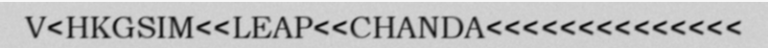
V<HKGSIM<<LEAP<<CHANDA<<<<<<<<<<<<<<